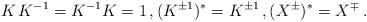
\begin{align*} K\,K^{-1} = K^{-1} K = 1 \,, (K^{\pm 1})^* = K^{\pm 1} \,, (X^{\pm})^* = X^{\mp} \,.\end{align*}